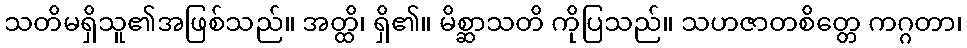
သတိမရှိသူ၏အဖြစ်သည်။ အတ္ထိ၊ ရှိ၏။ မိစ္ဆာသတိ ကိုပြသည်။ သဟဇာတစိတ္တေ ကဂ္ဂတာ၊